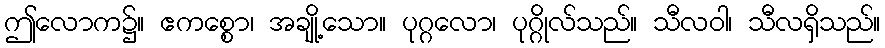
ဤလောက၌။ ဧကစ္စော၊ အချို့သော။ ပုဂ္ဂလော၊ ပုဂ္ဂိုလ်သည်။ သီလဝါ၊ သီလရှိသည်။